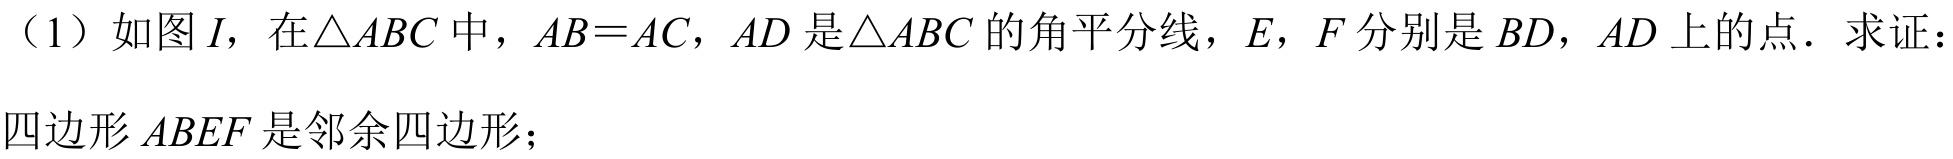
（1）如图$I$，在$\triangle ABC$中，$AB = AC$，$AD$是$\triangle ABC$的角平分线，$E,F$分别是$BD,AD$上的点．求证：
四边形$ABEF$是邻余四边形；